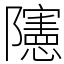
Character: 䧮